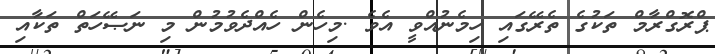
ޕްރޮގްރާމް ތަކުގެ ތެރޭގައި ހިމެނުއްވީ އެވެ .މިހެން ހެއްދެވުމުން މި ނަޞޭހަތް ތަކާއި